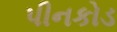
પીનકોડ